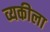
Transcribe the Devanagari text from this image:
व्यकीला